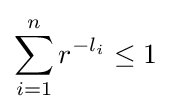
\sum _{i=1}^{n}r^{-l_{i}}\leq 1